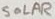
Text: SOLAR